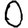
Digit: 0